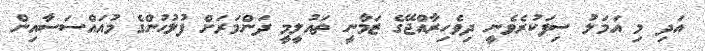
އަދި މި އަމަލު ސިފަކުރެވެނީ ދިވެހިރާއްޖޭގެ ޒަމާނީ ތައުލީމީ ދަންމަރަށް ފުލުހުންގެ މުއައްސަސާއިން